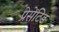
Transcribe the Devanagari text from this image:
प्रेसेंटिड